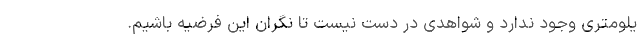
یلومتری وجود ندارد و شواهدی در دست نیست تا نگران این فرضیه باشیم.